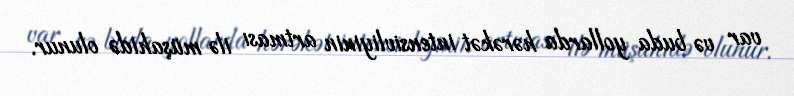
var və buda yollarda hərəkət intensivliyinin artması ilə müşahidə olunur.